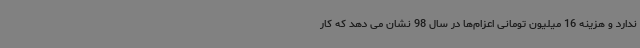
ندارد و هزینه 16 میلیون تومانی اعزام‌ها در سال 98 نشان می دهد که کار